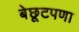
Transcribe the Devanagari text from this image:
बेछूटपणा